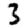
Digit: 3